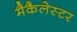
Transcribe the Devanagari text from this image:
मैकैलेस्टर